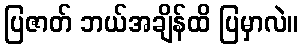
ပြဇာတ် ဘယ်အချိန်ထိ ပြမှာလဲ။